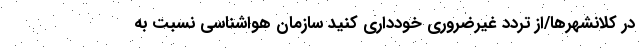
در کلانشهرها/از تردد غیرضروری خودداری کنید سازمان هواشناسی نسبت به